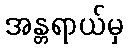
အန္တရာယ်မှ